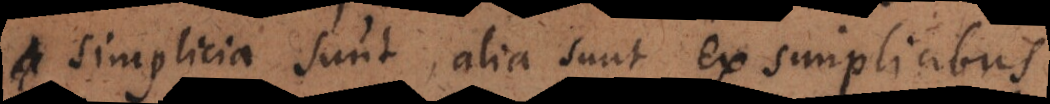
simplicia sunt, alia sunt ex simplicibus